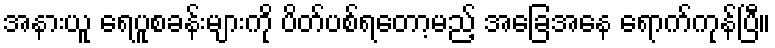
အနားယူ ရေပူစခန်းများကို ပိတ်ပစ်ရတော့မည့် အခြေအနေ ရောက်ကုန်ပြီ။